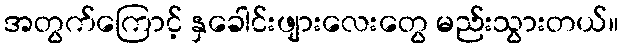
အတွက်ကြောင့် နှခေါင်းဖျားလေးတွေ မည်းသွားတယ်။